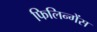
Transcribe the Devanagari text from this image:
फिलिन्गेंस